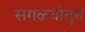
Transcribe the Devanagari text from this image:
सगळ्यांतून